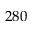
2 8 0